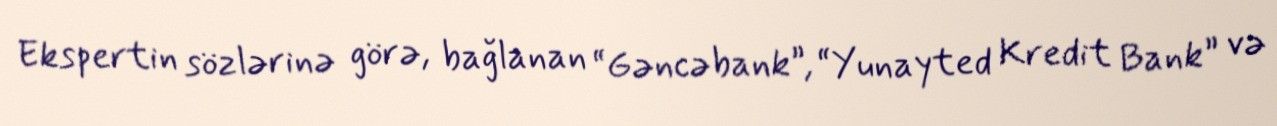
Ekspertin sözlərinə görə, bağlanan “Gəncəbank”, “Yunayted Kredit Bank” və